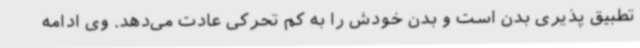
تطبیق پذیری بدن است و بدن خودش را به کم تحرکی عادت می‌دهد. وی ادامه